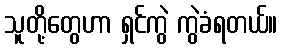
သူတို့တွေဟာ ရှင်ကွဲ ကွဲခံရတယ်။